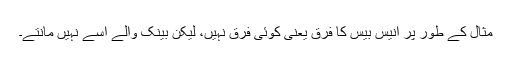
مثال کے طور پر انیس بیس کا فرق یعنی کوئی فرق نہیں، لیکن بینک والے اسے نہیں مانتے۔